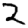
Digit: 2